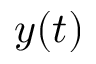
y ( t )